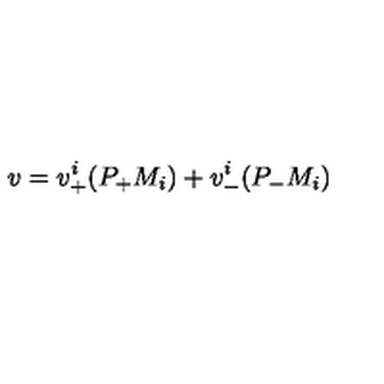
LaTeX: v = v _ { + } ^ { i } ( P _ { + } M _ { i } ) + v _ { - } ^ { i } ( P _ { - } M _ { i } )